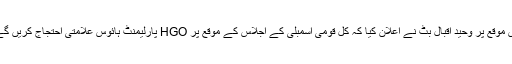
اس موقع پر وحید اقبال بٹ نے اعلان کیا کہ کل قومی اسمبلی کے اجلاس کے موقع پر HGO پارلیمنٹ ہائوس علامتی احتجاج کریں گے۔